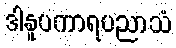
ဒါနူပကာရပညာသံ